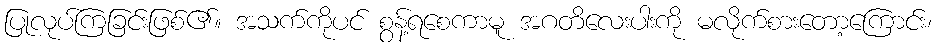
ပြုလုပ်ကြခြင်းဖြစ်၏။ အသက်ကိုပင် စွန့်ရစေကာမူ အဂတိလေးပါးကို မလိုက်စားတော့ကြောင်း၊